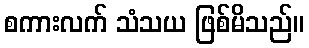
စကားလက် သံသယ ဖြစ်မိသည်။